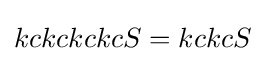
kckckckcS=kckcS